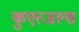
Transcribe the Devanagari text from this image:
कुएत्जल्स